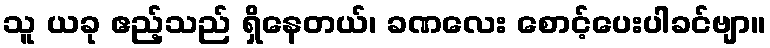
သူ ယခု ဧည့်သည် ရှိနေတယ်၊ ခဏလေး စောင့်ပေးပါခင်ဗျာ။